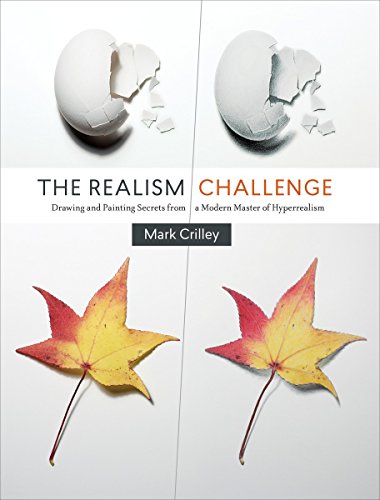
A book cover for The Realism Challenge: Drawing and Painting Secrets from a Modern Master of Hyperrealism; Mark Crilley; Arts & Photography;